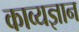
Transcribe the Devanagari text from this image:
काव्यज्ञान